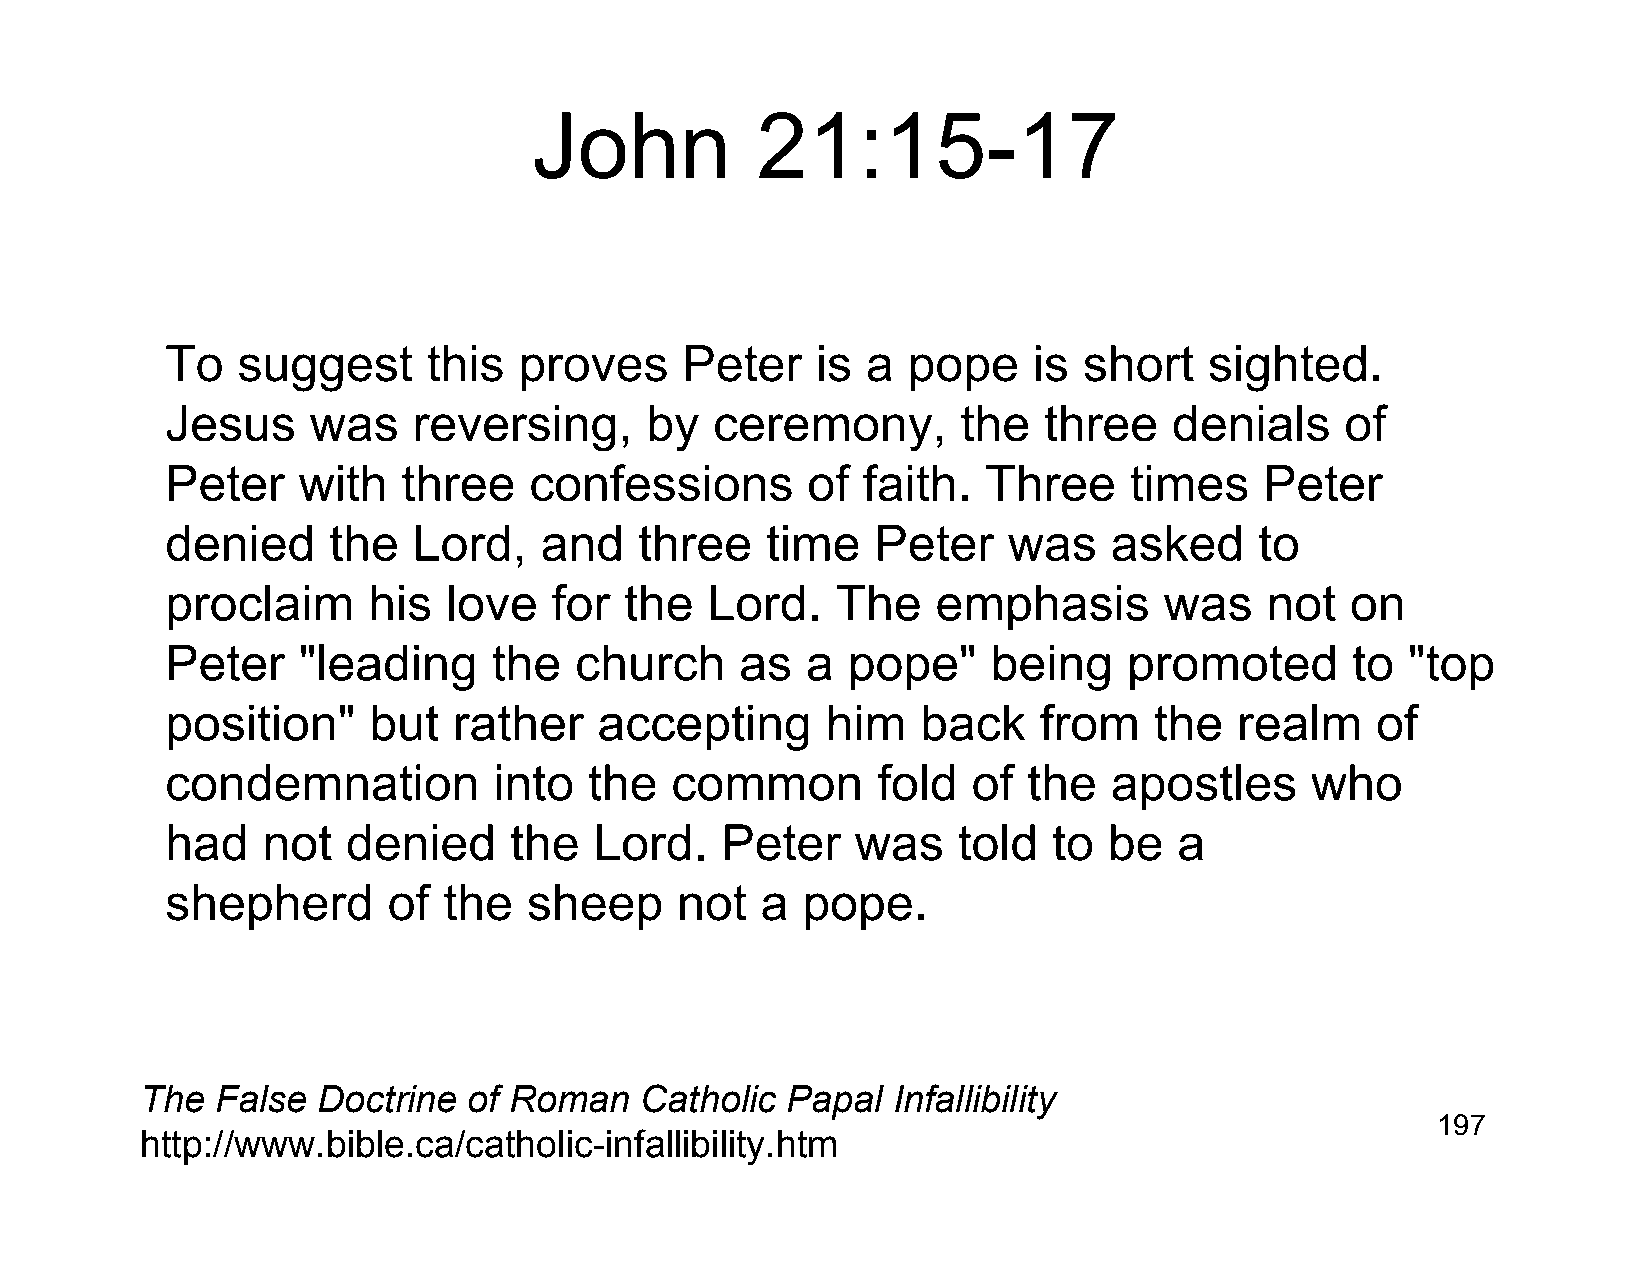
John           21:15-17
 To   suggest     this  proves     Peter    is a  pope    is  short   sighted.
 Jesus     was   reversing,      by  ceremony,        the  three    denials    of
 Peter    with   three   confessions       of  faith.  Three     times    Peter
 denied     the  Lord,    and   three    time   Peter    was   asked     to
 proclaim     his   love   for the   Lord.   The    emphasis       was    not  on
 Peter    "leading     the  church     as  a  pope"     being    promoted      to  "top
 position"    but   rather    accepting      him   back    from   the   realm    of
 condemnation          into  the  common        fold  of  the  apostles      who
 had   not   denied     the  Lord.    Peter    was   told   to be   a
 shepherd       of the   sheep     not  a  pope.
 The  False  Doctrine  of Roman   Catholic  Papal  Infallibility
 197
 http://www.bible.ca/catholic-infallibility.htm